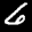
Label: 6